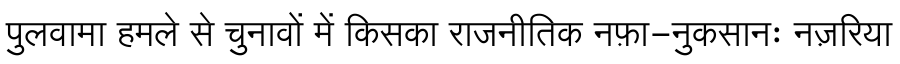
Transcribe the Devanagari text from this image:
पुलवामा हमले से चुनावों में किसका राजनीतिक नफ़ा-नुकसानः नज़रिया